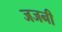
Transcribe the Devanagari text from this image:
जजनी